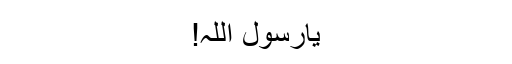
یارسولؐ اللہ!